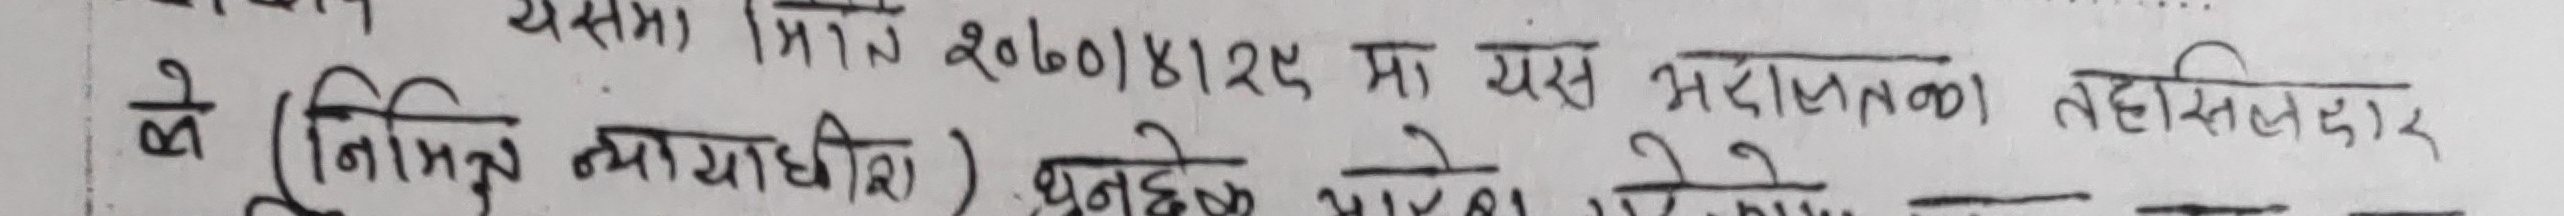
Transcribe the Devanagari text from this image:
यसमा मिति २०७०/४/२९ मा यस अदालतका तहसिलदार
के (निमित्त न्यायाधीश)